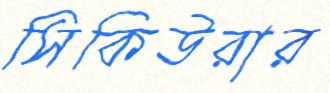
সিকিউরার